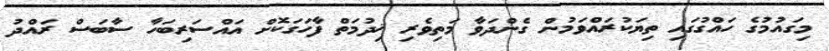
މިގައުމުގެ ހައްގުގައި ތިޔަކުރައްވަމުން ގެންދަވާ މަތިވެރި ޚިދުމަތް ފާހަގަކޮށް އައްސަރިބަހާ ސާބަސް ރައްދު